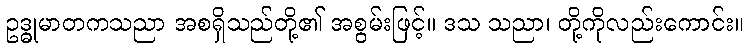
ဥဒ္ဓုမာတကသညာ အစရှိသည်တို့၏ အစွမ်းဖြင့်။ ဒသ သညာ၊ တို့ကိုလည်းကောင်း။